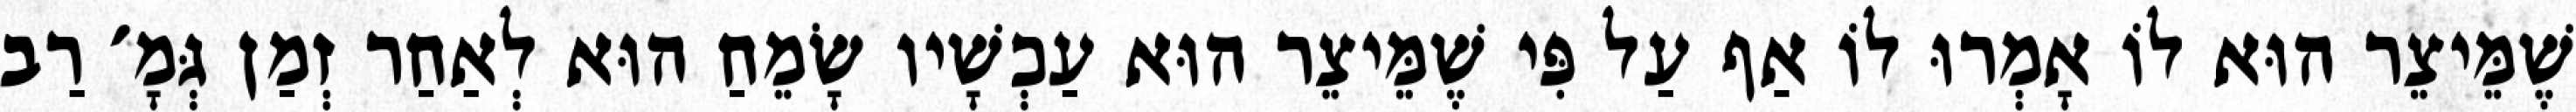
שֶׁמֵּיצֵר הוּא לוֹ אָמְרוּ לוֹ אַף עַל פִּי שֶׁמֵּיצֵר הוּא עַכְשָׁיו שָׂמֵחַ הוּא לְאַחַר זְמַן גְּמָ׳ רַב